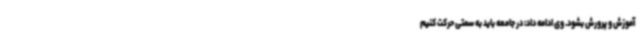
آموزش و پرورش بشود. وی ادامه داد: در جامعه باید به سمتی حرکت کنیم